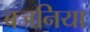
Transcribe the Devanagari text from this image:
बजनिया